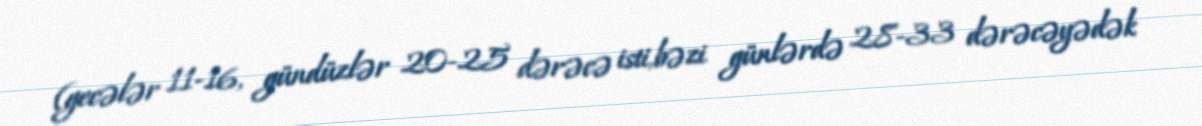
(gecələr 11-16, gündüzlər 20-25 dərəcə isti,bəzi günlərdə 28-33 dərəcəyədək